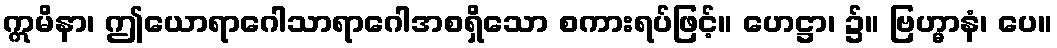
ဣမိနာ၊ ဤယောရာဂေါသာရာဂေါအစရှိသော စကားရပ်ဖြင့်။ ဟေဋ္ဌာ၊ ၌။ ဗြဟ္မာနံ၊ ပေ။